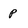
Character: p